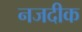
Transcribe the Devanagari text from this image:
नजदीक